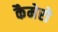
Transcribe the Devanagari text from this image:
कैमेरो